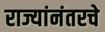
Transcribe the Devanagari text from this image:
राज्यांनंतरचे